Report of the Indian Hemp Drugs Commission, 1894-1895 - Volume VI
Year: 1894
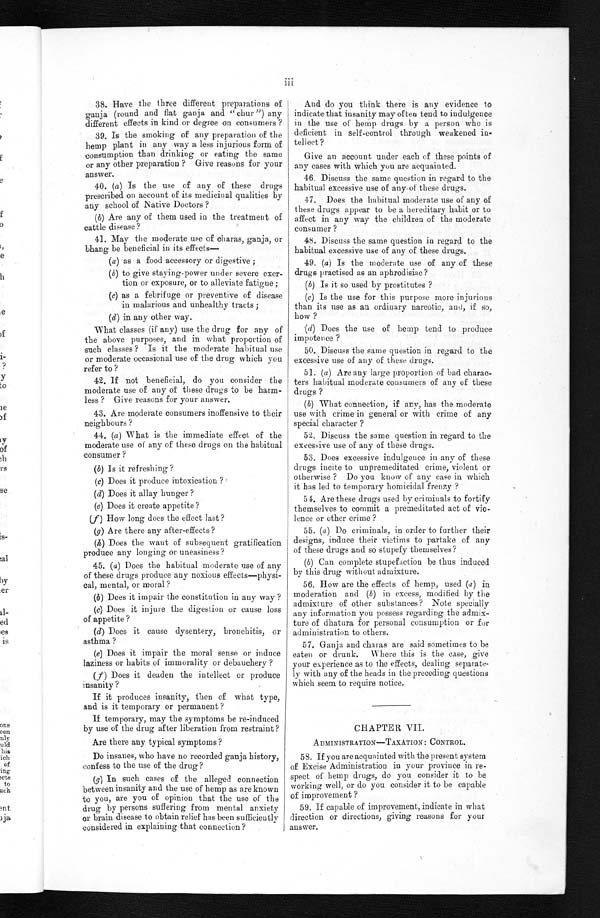
38. Have the three different preparations of
ganja (round and flat ganja and "chur") any
different effects in kind or degree on consumers ?
39. Is the smoking of any preparation of the
hemp plant in any way a less injurious form of
consumption than drinking or eating the same
or any other preparation ? Give reasons for your
answer.
40. (a) Is the use of any of these drugs
prescribed on account of its medicinal qualities by
any school of Native Doctors ?
(b) Are any of them used in the treatment of
cattle disease?
41. May the moderate use of charas, ganja, or
bhang be beneficial in its effects
(a) as a food accessory or digestive ;
(b) to give staying-power under severe exer
-tion or exposure, or to alleviate fatigue ;
(c) as a febrifuge or preventive of disease
in malarious and unhealthy tracts ;
(d) in any other way.
What classes (if any) use the drug for any of
the above purposes, and in what proportion of
such classes ? Is it the moderate habitual use
or moderate occasional use of the drug which you
refer to ?
42. If not beneficial, do you consider the
moderate use of any of these drugs to be har--
less ? Give reasons for your answer.
43. Are moderate consumers inoffensive to their
neighbours ?
44. (a) What is the immediate effect of the
moderate use of any of these drugs on the habitual
consumer ?
(b) Is it refreshing ?
(c) Does it produce intoxication ?
(d) Does it allay hunger ?
(e) Does it create appetite ?
(f) How long does the effect last ?
(g) Are there any after-effects?
(h) Does the want of subsequent gratification
produce any longing or uneasiness ?
45. (a) Does the habitual moderate use of any
of these drugs produce any noxious effects—physi--
cal, mental, or moral?
(b) Does it impair the constitution in any way ?
(c) Does it injure the digestion or cause loss
of appetite ?
(d) Does it cause dysentery, bronchitis, or
asthma ?
(e) Does it impair the moral sense or induce
laziness or habits of immorality or debauchery ?
(f) Does it deaden the intellect or produce
insanity ?
If it produces insanity, then of what type,
and is it temporary or permanent ?
If temporary, may the symptoms be re-induced
by use of the drug after liberation from restraint?
Are there any typical symptoms?
Do insanes, who have no recorded ganja history,
confess to the use of the drug?
(g) In such cases of the alleged connection
between insanity and the use of hemp as are known
to you, are you of opinion that the use of the
drug by persons suffering from mental anxiety
or brain disease to obtain relief has been sufficiently
considered in explaining that connection ?
And do you think there is any evidence to
indicate that insanity may often tend to indulgence
in the use of hemp drugs by a person who is
deficient in self-control through weakened in--
tellect ?
Give an account under each of these points of
any cases with which you are acquainted.
46. Discuss the same question in regard to the
habitual excessive use of any.of these drugs.
47. Does the habitual moderate use of any of
these drugs appear to be a hereditary habit or to
affect in any way the children of the moderate
consumer ?
48. Discuss the same question in regard to the
habitual excessive use of any of these drugs.
49. (a) Is the moderate use of any of these
drugs practised as an aphrodisiac?
(b) Is it so used by prostitutes ?
(c) Is the use for this purpose more injurious
than its use as an ordivary narcotic, and, if so,
how ?
(d) Does the use of hemp tend to produce
impotence ?
50. Discuss the same question in regard to the
excessive use of any of these drugs.
51. (a) Are any large proportion of bad charac-
- t e r s h a b i t u a l m o d e r a t e c o n s u m e r s o f a n y o f t h e s e
drugs ?
(b) What connection, if any, has the moderate
use with crime in general or with crime of any
special character ?
52. Discuss the same question in regard to
excessive use of any of these drugs.
53. Does excessive indulgence in any of these
drugs incite to unpremeditated crime, violent or
otherwise ? Do you know of any case in which
it has led to temporary homicidal frenzy ?
54.. Are these drugs used by criminals to fortify
themselves to commit a premeditated act of vio--
lence or other crime ?
55. (a) Do criminals, in order to further their
designs, induce their victims to partake of any
of these drugs and so stupefy themselves?
(b) Can complete stupefaction be thus induced
by this drug without admixture.
56. How are the effects of hemp, used (a) in
moderation and (b) in excess, modified by the
admixture of other substances? Note specially
any information you possess regarding the admix-
- t u r e o f d h a t u r a f o r p e r s o n a l c o n s u m p t i o n o r f o r
administration to others.
56. Ganja and charas are said sometimes to be
eaten or drunk. Where this is the case, give
your experience as to the effects, dealing separate--
ly with any of the heads in the preceding questions
which seem to require notice.
CHAPTER VII.
ADMINISTRATION—TAXATION: CONTROL.
58. If you are acquainted with the present system
of Excise Administration in your province in re-
spect of hemp drugs, do you consider it to be
working well, or do you consider it to be capable
of improvement ?
59. If capable of improvement, indicate in what
direction or directions, giving reasons for your
answer.